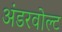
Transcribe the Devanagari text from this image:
अंडरवोल्ट